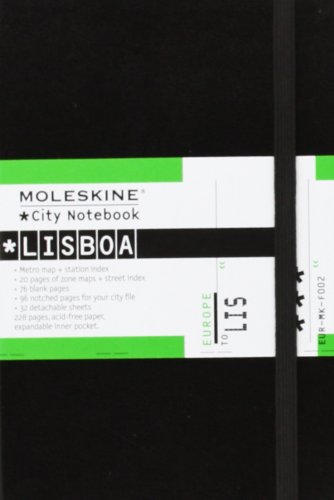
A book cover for Moleskine City Notebook Lisboa (Lisbon); Moleskine; Travel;